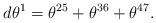
LaTeX: \begin{align*}d\theta^{1}=\theta^{25}+\theta^{36}+\theta^{47}.\end{align*}